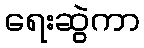
ရေးဆွဲကာ